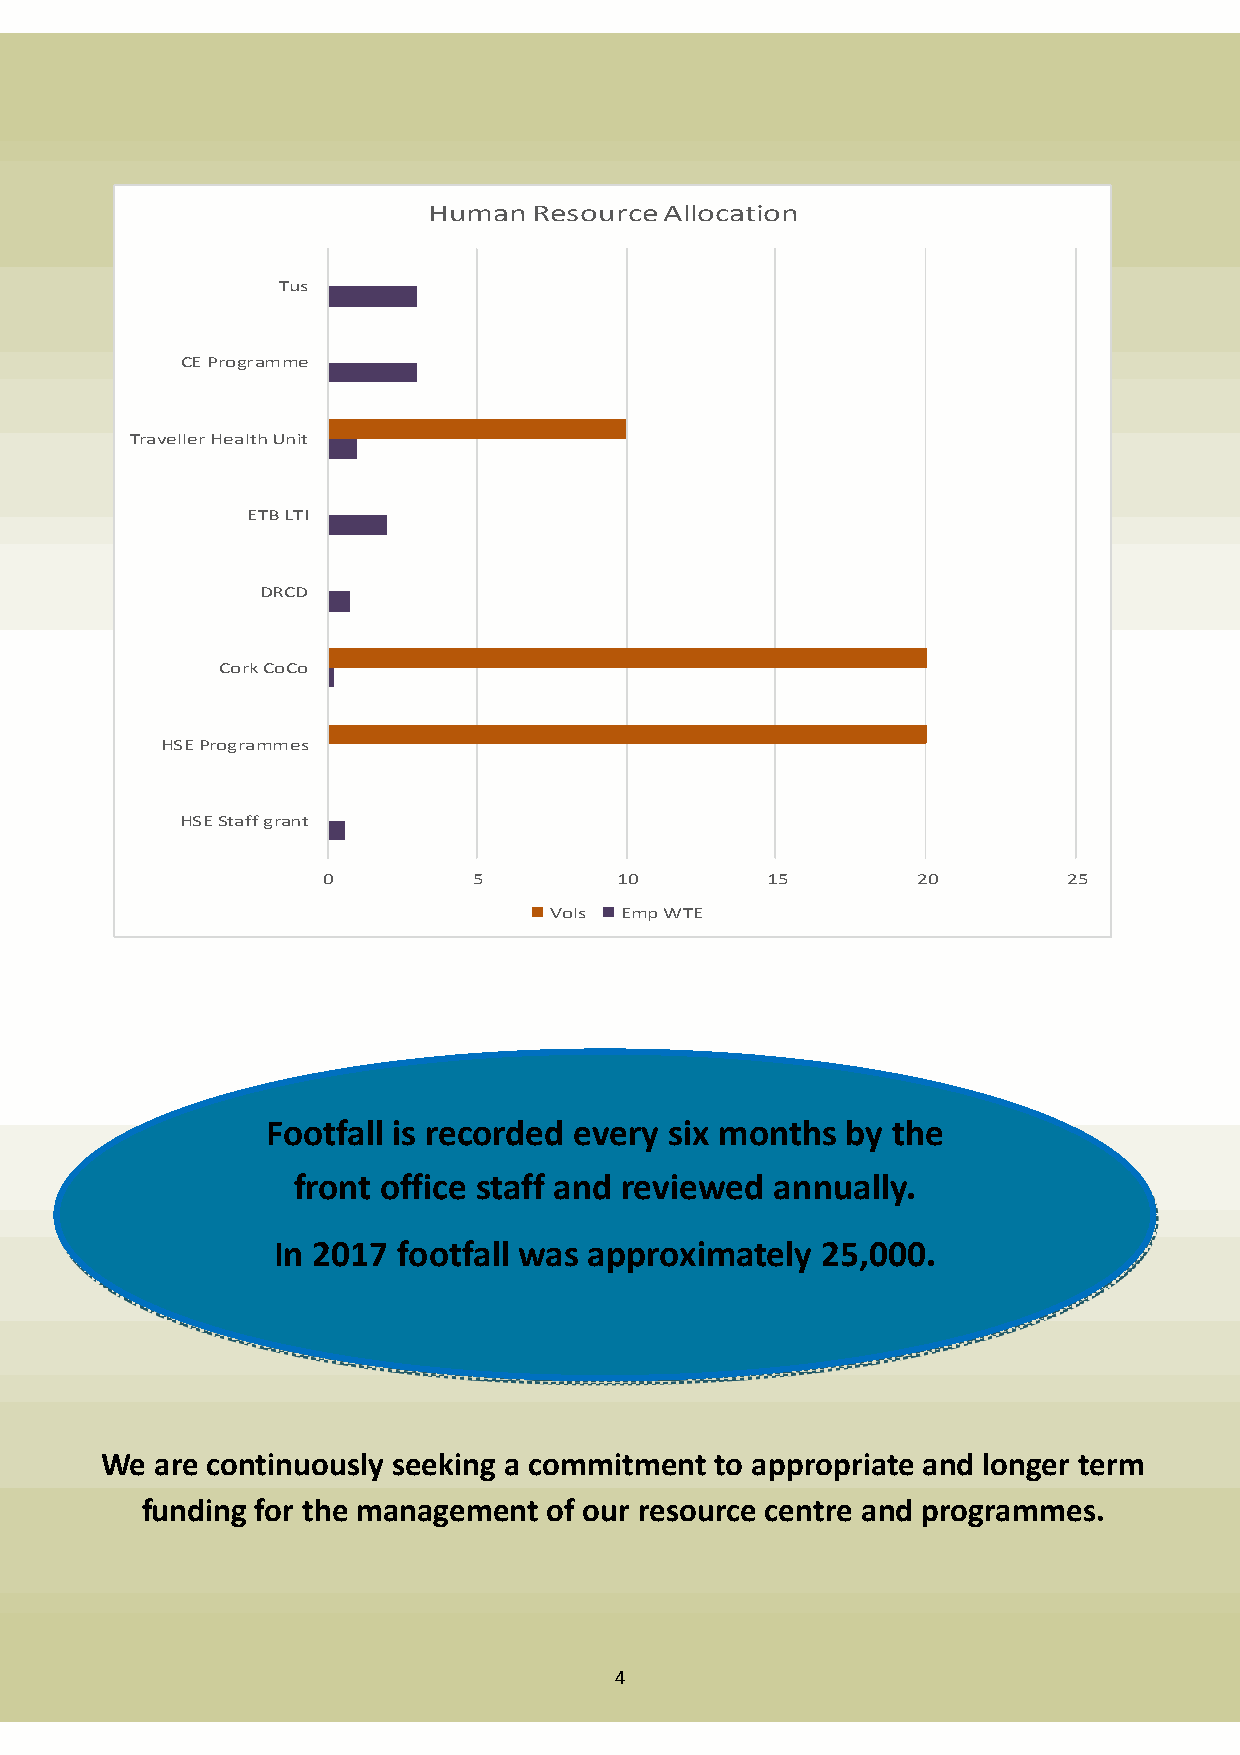
Human  Resource Allocation
 Tus
 CE Programme
 Traveller Health Unit
 ETB LTI
 DRCD
 Cork CoCo
 HSE Programmes
 HSE Staff grant
 0         5         10        15        20        25
 Vols Emp WTE
 Footfall is recorded every six months by the
 front office staff and reviewed annually.
 In 2017 footfall was approximately  25,000.
 We are continuously seeking a commitment to appropriate and longer term
 funding for the management of our resource centre and programmes.
 4